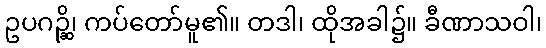
ဥပဂဉ္ဆိ၊ ကပ်တော်မူ၏။ တဒါ၊ ထိုအခါ၌။ ခီဏာသဝါ၊